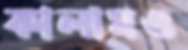
কালামও